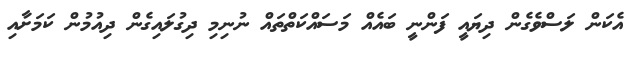
އެކަން ލަސްވެގެން ދިޔައީ ފަންނީ ބައެއް މަސައްކަތްތައް ނުނިމި ދިގުލައިގެން ދިއުމުން ކަމަށާއި